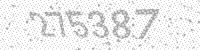
Solution: 275387